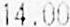
14.00